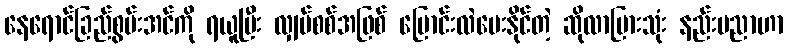
နေရောင်ခြည်စွမ်းအင်ကို ရယူပြီး လျှပ်စစ်အဖြစ် ပြောင်းလဲပေးနိုင်တဲ့ ဆိုလာပြားသုံး နည်းပညာဟာ